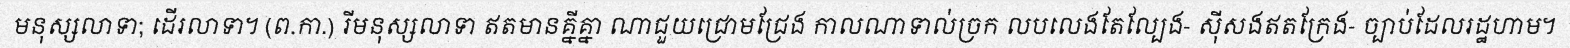
មនុស្សលាទា; ដើរលាទា។ (ព.កា.) រីមនុស្សលាទា ឥតមានគ្នីគ្នា ណាជួយជ្រោមជ្រែង កាលណាទាល់ច្រក លបលេងតែល្បែង- ស៊ីសងឥតក្រែង- ច្បាប់ដែលរដ្ឋហាម។